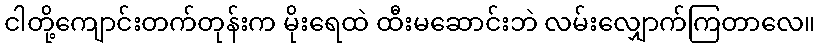
ငါတို့ကျောင်းတက်တုန်းက မိုးရေထဲ ထီးမဆောင်းဘဲ လမ်းလျှောက်ကြတာလေ။